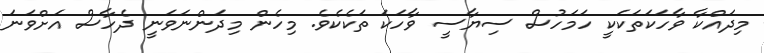
މިދައްކާ ވާހަކަތަކަކީ ހަމަހުސް ސިޔާސީ ވާހަކަ ތަކެކެވެ. މިހެން މިދަންނަވަނީ ދެހާސް އަށްވަނަ